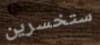
ستخسرين